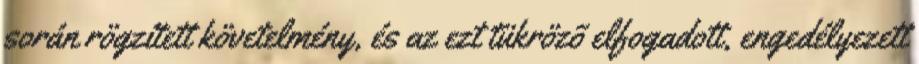
során rögzített követelmény, és az ezt tükrözõ elfogadott, engedélyezett